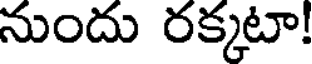
నుందు రక్కటా!